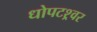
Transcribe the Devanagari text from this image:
धोपटश्र्वर